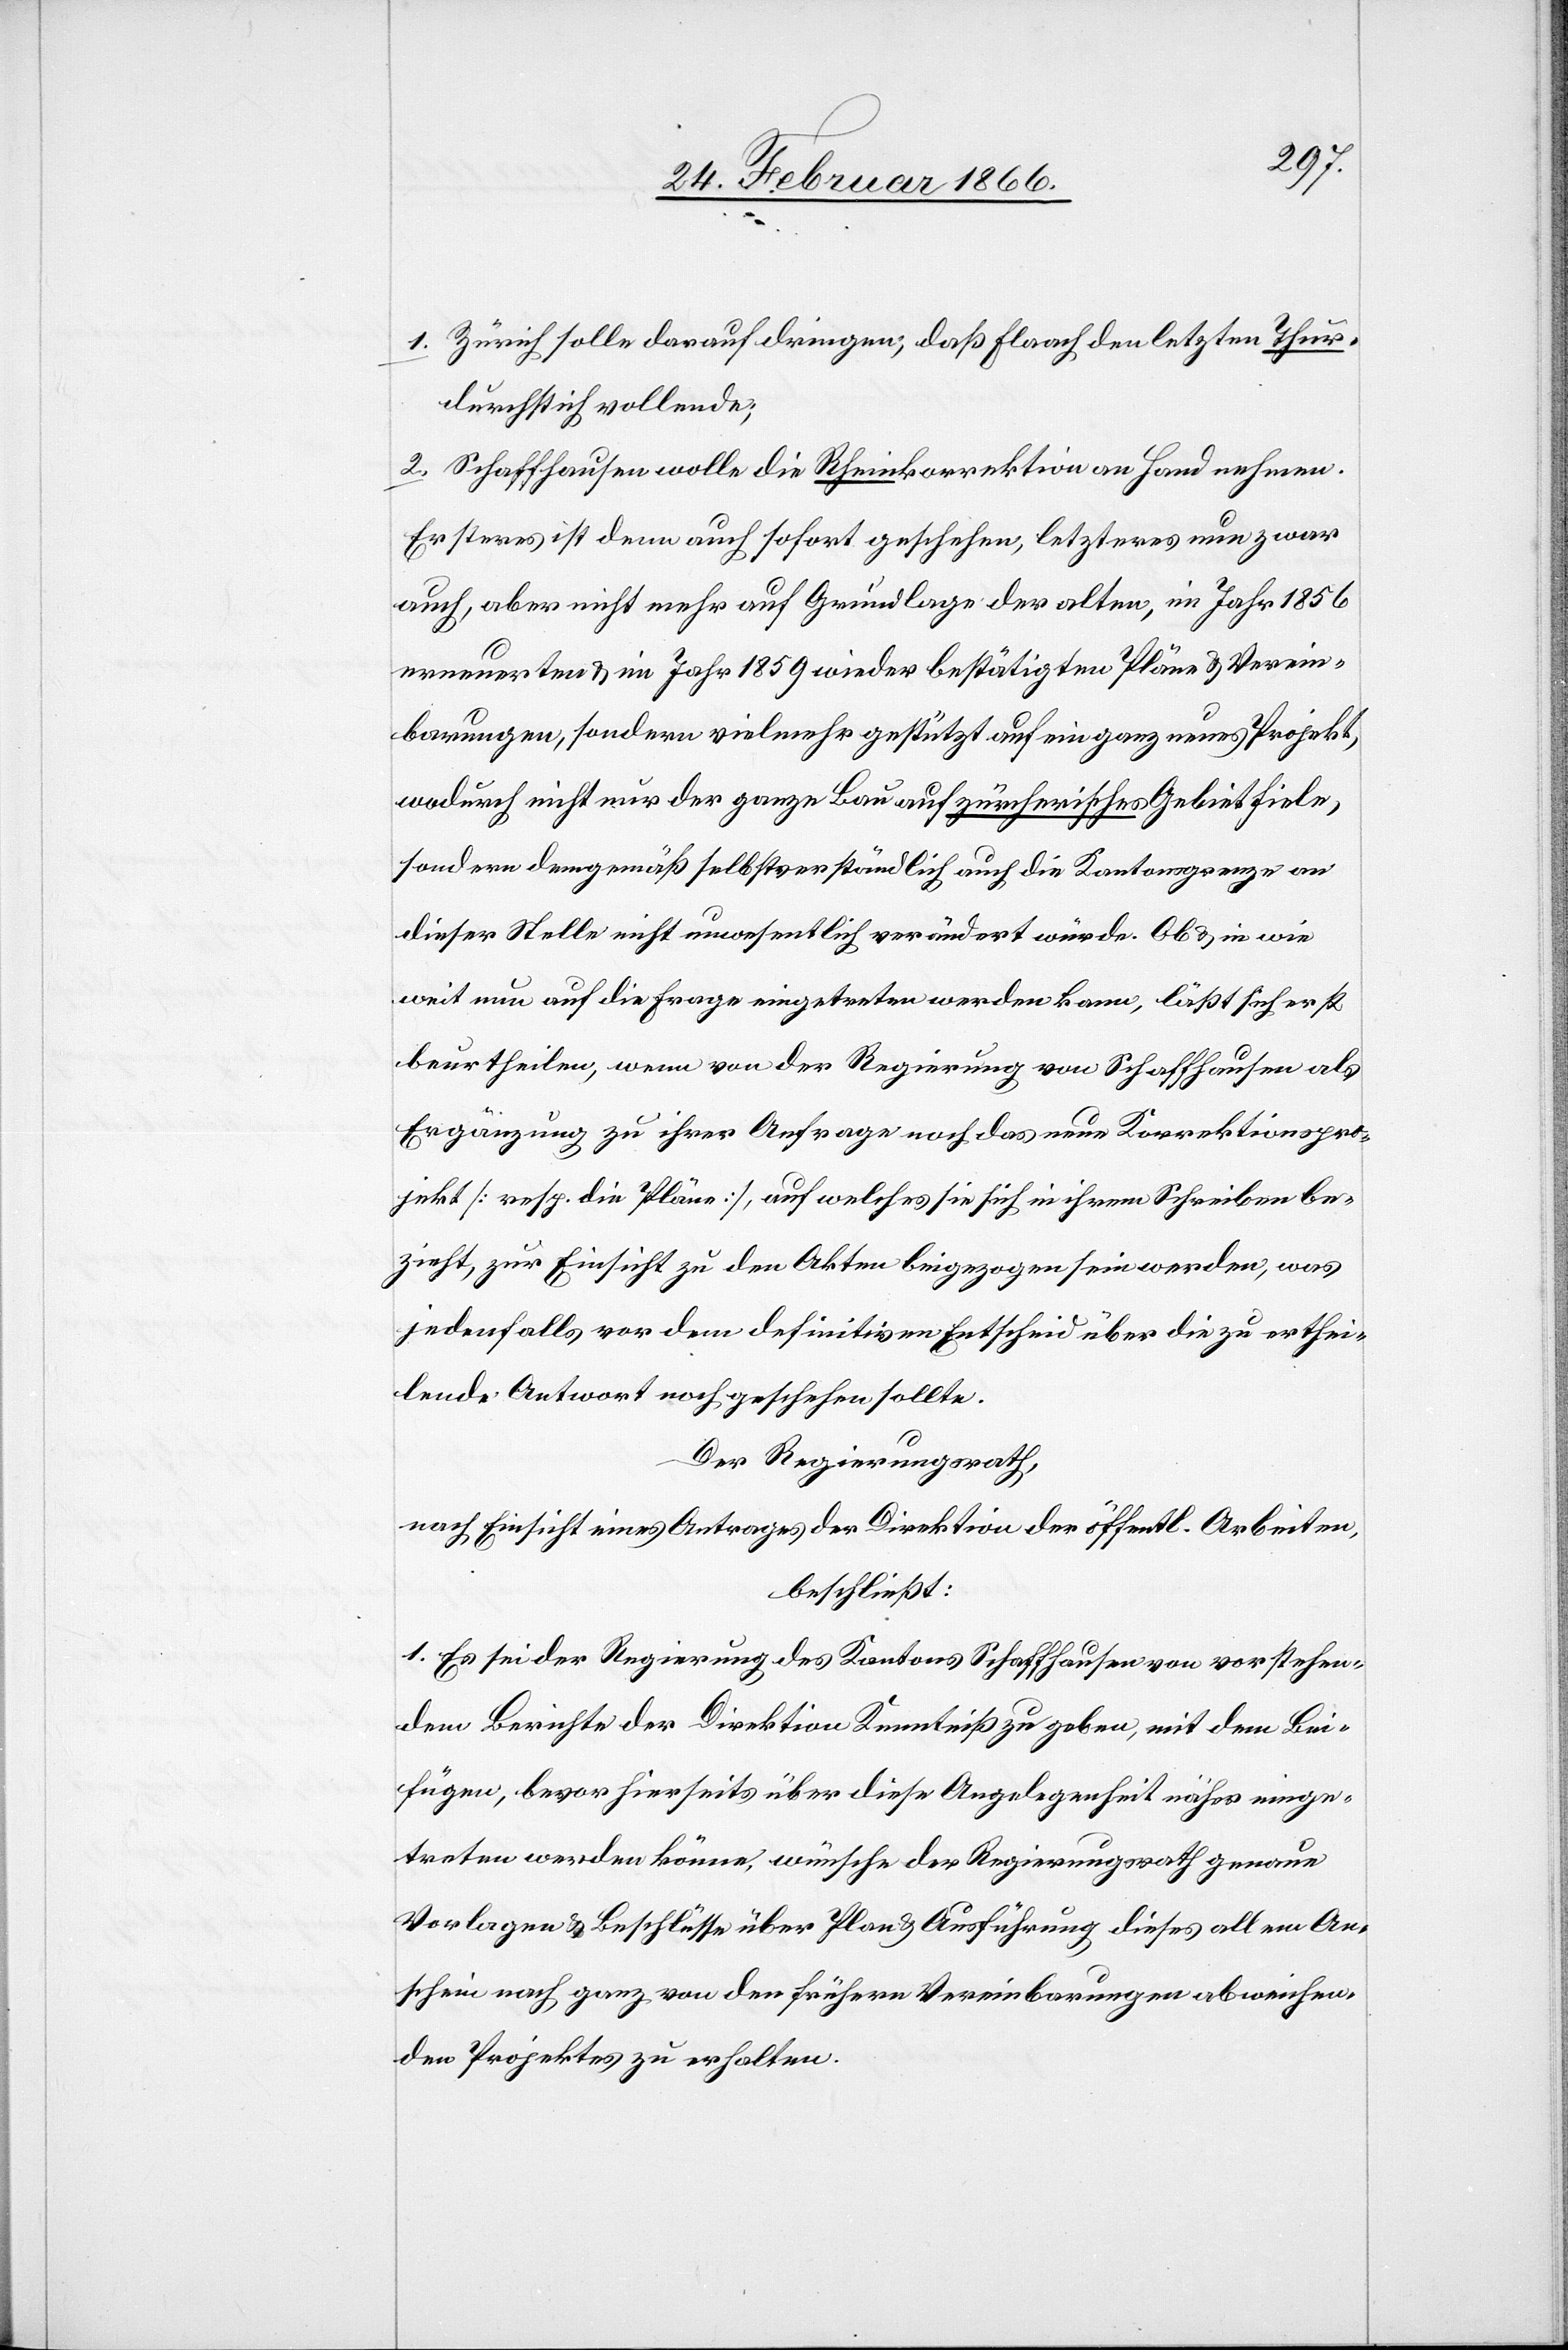
1. Zürich solle darauf dringen, daß Flaach den letzten Thur¬
durchstich vollende;
2. Schaffhausen wolle die Rheinkorrektion an Hand nehmen.
Ersteres ist denn auch sofort geschehen, letzteres nun zwar
auch, aber nicht mehr auf Grundlage der alten, im Jahr 1856
erneuerten u. im Jahr 1859 wieder bestätigten Pläne u. Verein¬
barungen, sondern vielmehr gestützt auf ein ganz neues Projekt,
wodurch nicht nur der ganze Bau auf zürcherisches Gebiet fiele,
sondern demgemäß selbstverständlich auch die Kantonsgrenze an
dieser Stelle nicht unwesentlich verändert würde. Ob u. in wie
weit nun auf die Frage eingetreten werden kann, läßt sich erst
beurtheilen, wenn von der Regierung von Schaffhausen als
Ergänzung zu ihrer Anfrage noch das neue Korrektionspro¬
jekt [resp. die Pläne], auf welches sie sich in ihrem Schreiben be¬
zieht, zur Einsicht zu den Akten beigezogen werden, was
jedenfalls vor dem definitiven Entscheid über die zu erthei¬
lende Antwort noch geschehen sollte.
Der Regierungsrath,
nach Einsicht eines Antrages der Direktion der öffentl. Arbeiten,
beschließt:
1. Es sei der Regierung des Kantons Schaffhausen von vorstehen¬
dem Berichte der Direktion Kenntniß zu geben, mit dem Bei¬
fügen, bevor hierseits über diese Angelegenheit näher einge¬
treten werden könne, wünsche der Regierungsrath genaue
Vorlagen u. Beschlüsse über Plan u. Ausführung dieses allem An¬
schein nach ganz von den frühern Vereinbarungen abweichen¬
den Projektes zu erhalten.